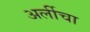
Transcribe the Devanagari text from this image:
अर्लीचा